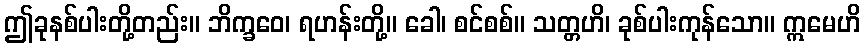
ဤခုနစ်ပါးတို့တည်း။ ဘိက္ခဝေ၊ ရဟန်းတို့။ ခေါ၊ စင်စစ်။ သတ္တဟိ၊ ခုစ်ပါးကုန်သော။ ဣမေဟိ